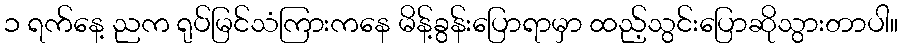
၁ ရက်နေ့ ညက ရုပ်မြင်သံကြားကနေ မိန့်ခွန်းပြောရာမှာ ထည့်သွင်းပြောဆိုသွားတာပါ။